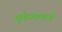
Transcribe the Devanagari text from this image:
तुर्कस्तानाचे